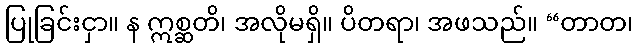
ပြုခြင်းငှာ။ န ဣစ္ဆတိ၊ အလိုမရှိ။ ပိတရာ၊ အဖသည်။ “တာတ၊